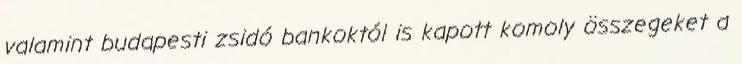
valamint budapesti zsidó bankoktól is kapott komoly összegeket a